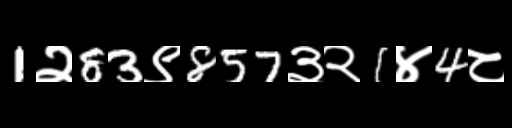
Text: 1२83९857३२1४4८